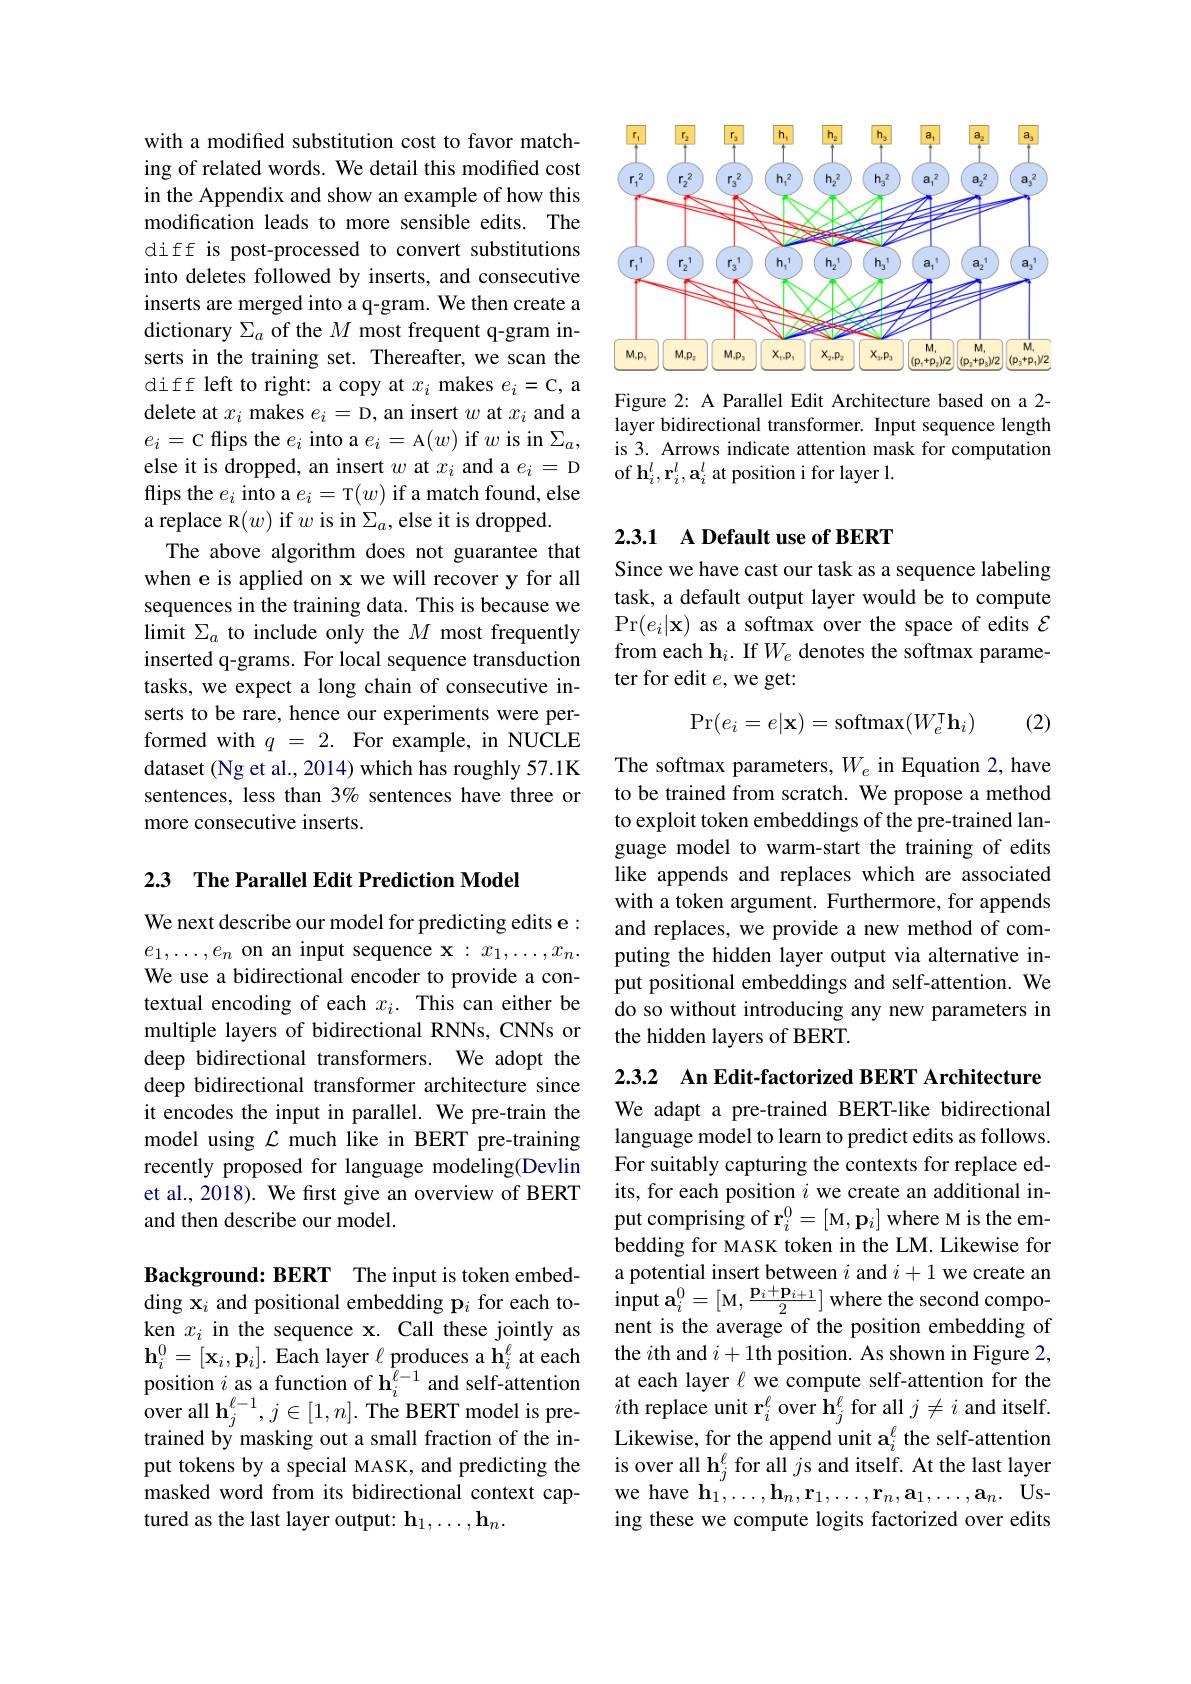
with a modified substitution cost to favor matching of related words. We detail this modified cost in the Appendix and show an example of how this modification leads to more sensible edits. The diff is post-processed to convert substitutions into deletes followed by inserts, and consecutive inserts are merged into a q-gram. We then create a dictionary $\Sigma_a$ of the $M$ most frequent q-gram inserts in the training set. Thereafter, we scan the diff left to right: a copy at $x_i$ makes $e_i=$C,a delete at $x_i$ makes $e_i=$D, an insert $w$ at $x_i$ and a $e_i=$c flips the $e_i$ into a $e_i=$A$(w)$ if $w$ is in $\Sigma_a$, else it is dropped, an insert $w$ at $x_i$ and a $e_i=$ D flips the $e_i$ into a $e_i=$T$(w)$ if a match found, else a replace R$(w)$ if $w$ is in $\Sigma_a$,else it is dropped.
The above algorithm does not guarantee that when e is applied on x we will recover y for all sequences in the training data. This is because we limit $\Sigma_a$ to include only the $M$ most frequently inserted q-grams. For local sequence transduction tasks, we expect a long chain of consecutive inserts to be rare, hence our experiments were performed with $q$ = 2. For example, in NUCLE dataset (Ng et al., 2014) which has roughly 57.1K sentences, less than 3% sentences have three or more consecutive inserts.

2.3 The Parallel Edit Prediction Model

We next describe our model for predicting edits e : $e_1,\ldots,e_n$ on an input sequence x$:x_1,\ldots,x_n.$ We use a bidirectional encoder to provide a contextual encoding of each $x_i.$ This can either be multiple layers of bidirectional RNNs, CNNs or deep bidirectional transformers. We adopt the deep bidirectional transformer architecture since it encodes the input in parallel. We pre-train the model using $\mathcal{L}$ much like in BERT pre-training recently proposed for language modeling(Devlin et al., 2018). We first give an overview of BERT and then describe our model.

Background: BERT The input is token embedding x$_i$ and positional embedding p$_i$ for each token $x_i$ in the sequence x. Call these jointly as $\mathbf{h}_{i}^{0}=[\mathbf{x}_{i},\mathbf{p}_{i}].$ Each layer $\ell_{\ell}$ produces a $\mathbf{h}_{i}^{\ell}$ at each position $i$ as a function of h$_i^{\ell-1}$ and self-attention ${\mathrm{over~all~}}\mathbf{h}_{j}^{\ell-1},j\in[1,n].{\mathrm{~The~BERT~model~is~pre-}}$ trained by masking out a small fraction of the input tokens by a special MASK, and predicting the masked word from its bidirectional context captured as the last layer output: h1$, \ldots , \mathbf{h} _n.$

<FigureHere>

Figure 2: A Parallel Edit Architecture based on a 2- layer bidirectional transformer. Input sequence length is 3. Arrows indicate attention mask for computation of h$_i^l,\mathbf{r}_i^l,\mathbf{a}_i^l$ at position i for layer l.

## 2.3.1 A Default use of BERT

Since we have cast our task as a sequence labeling task, a default output layer would be to compute Pr$(e_i|\mathbf{x})$ as a softmax over the space of edits $\mathcal{E}$ from each h$_i.$ If $W_e$ denotes the softmax parameter for edit $e$,we get:
$$\Pr(e_i=e|\mathbf{x})=\operatorname{softmax}(W_e^\intercal\mathbf{h}_i)$$
(2)

The softmax parameters, $W_e$ in Equation 2, have to be trained from scratch. We propose a method to exploit token embeddings of the pre-trained language model to warm-start the training of edits like appends and replaces which are associated with a token argument. Furthermore, for appends and replaces, we provide a new method of computing the hidden layer output via alternative input positional embeddings and self-attention. We do so without introducing any new parameters in the hidden layers of BERT.

2.3.2 An Edit-factorized BERT Architecture We adapt a pre-trained BERT-like bidirectional language model to learn to predict edits as follows. For suitably capturing the contexts for replace edits, for each position $i$ we create an additional in- ${\mathrm{put~comprising~of~r}}_{i}^{0}=[{\mathrm{M,p}}_{i}]{\mathrm{~where~M~is~the~em-}}$ bedding for MASK token in the LM. Likewise for a potential insert between $i$ and $i+1$ we create an ${\mathrm{input~a}}_{i}^{0}=\left[{\mathbf{M}},{\frac{\mathbf{p}_{i}+\mathbf{p}_{i+1}}{2}}\right]{\mathrm{where~the~second~compo-}}$ nent is the average of the position embedding of the $i$th and $i+1$th position. As shown in Figure 2, at each layer $\ell$ we compute self-attention for the $i$th replace unit r$_i^\ell$ over $\bar{\mathbf{h}}_j^\ell$ for all $j\neq i$ and itself. Likewise, for the append unit $\mathbf{a}_i^{\ell}$ the self-attention is over all h$_j^\ell$ for all $j$s and itself. At the last layer we have $\mathbf{h}_1,\ldots,\mathbf{h}_n,\mathbf{r}_1,\ldots,\mathbf{r}_n,\mathbf{a}_1,\ldots,\mathbf{a}_n.$Using these we compute logits factorized over edits